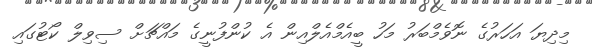
މިދިޔަ އަހަރުގެ ނޮވެމްބަރު މަހު ބީއެމްއެލްއިން އެ ކުންފުނީގެ މައްޗަށް ސިވިލް ކޯޓުގައި